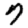
Digit: 7